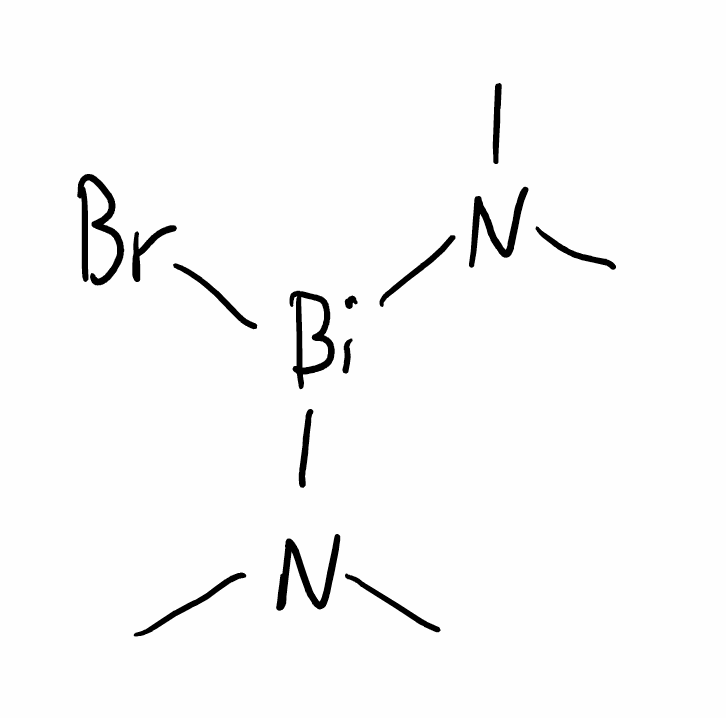
Simplified molecular-input line-entry system (SMILES) notation of the given molecule:
CN(C)[Bi](N(C)C)Br